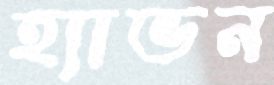
হ্যাভন